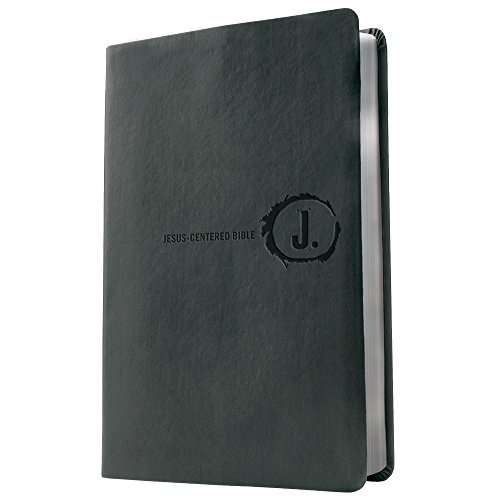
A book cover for Jesus-Centered Bible NLT, Charcoal; Group Publishing; Christian Books & Bibles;